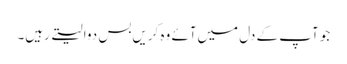
جو آپ کے دل میں‌آئے وہ کریں‌بس دوا لیتے رہیں۔